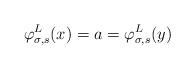
LaTeX: \begin{align*}\varphi^L_{\sigma, s}(x) = a = \varphi^L_{\sigma, s}(y)\end{align*}